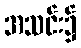
အသင်း၌